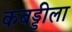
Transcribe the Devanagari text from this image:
कबड्डीला